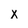
Character: X